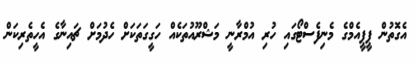
އެގޮތުން ޕީޕީއެމްގެ މެނިފެސްޓޯގައި ހުރި އުމްރާނީ މަޝްރޫއުތަކެއް ހަގީގަތަކަށް ހެދުމަށް ޗައިނާގެ އެހީތެރިކަން